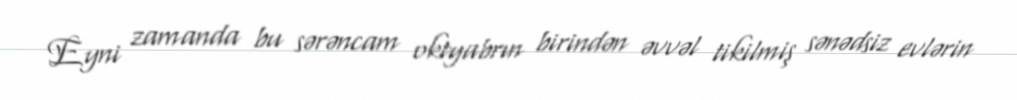
Eyni zamanda bu sərəncam oktyabrın birindən əvvəl tikilmiş sənədsiz evlərin